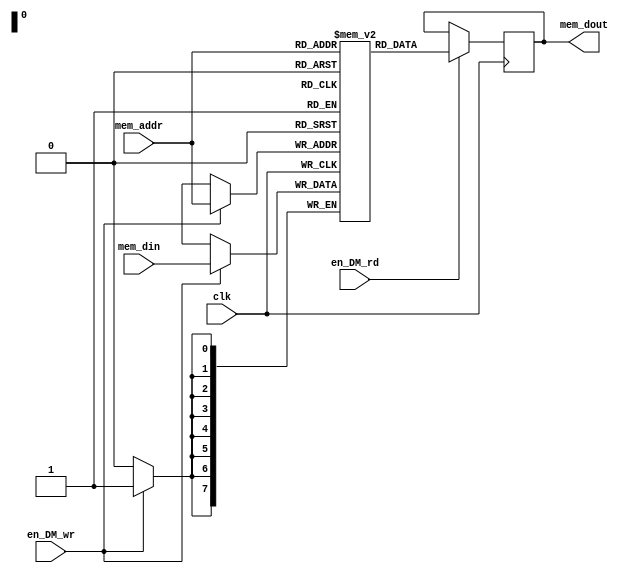
`timescale 1ns / 1ps
/*
Data_Memory consists of 256 bytes RAM (256 locations each of 8 bit). 
It is used in store(STS) and load(LD) instruction.
*/
module Data_Memory(clk,en_DM_rd,en_DM_wr,mem_addr,mem_din,mem_dout);
  
  input             clk;				  //clock
  input             en_DM_rd;                             //enable data read (mem_addr)
  input             en_DM_wr;                             //enable data write (mem_din) 
  input      [7:0]  mem_addr;                             //memory address
  input      [7:0]  mem_din;                              //memory data input
  output reg [7:0]  mem_dout;                             //memory data output

  reg        [7:0]  data_memory[0:255];                   //256 registers of 8 bits each

  always@(posedge clk)
  begin
    if(en_DM_rd)
      begin
        mem_dout              <= data_memory[mem_addr];	  //Reading data from mem_addr in data_memory
      end
	
    if(en_DM_wr)
      begin
        data_memory[mem_addr] <= mem_din;                //writing data to mem_addr in data_memory
      end
  end

endmodule